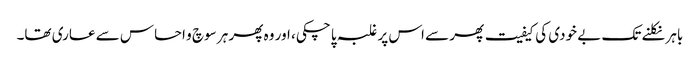
باہر نکلنے تک بے خودی کی کیفیت پھر سے اس پر غلبہ پا چکی، اور وہ پھر ہر سوچ و احساس سے عاری تھا۔